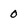
Character: 0